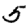
Digit: 5